Annual report on the mental hospital in the Central Provinces and Berar (Nagpur) - 1927-1951
Year: 1927
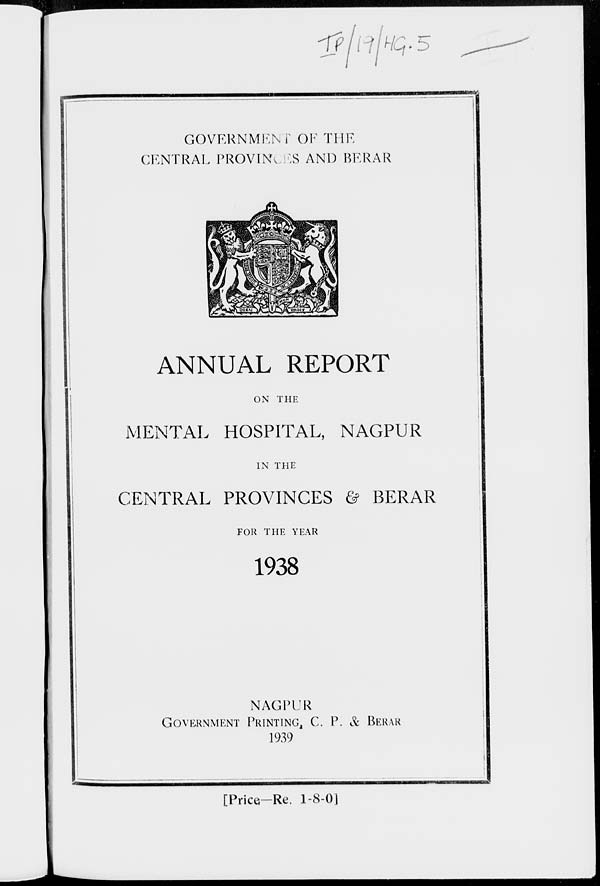
GOVERNMENT OF THE
CENTRAL PROVINCES AND BERAR
ANNUAL REPORT
ON THE
MENTAL HOSPITAL, NAGPUR
IN THE
CENTRAL PROVINCES & BERAR
FOR THE YEAR
1938
NAGPUR
GOVERNMENT PRINTING, C. P. & BERAR
1939
[Price—Re. 1-8-0]